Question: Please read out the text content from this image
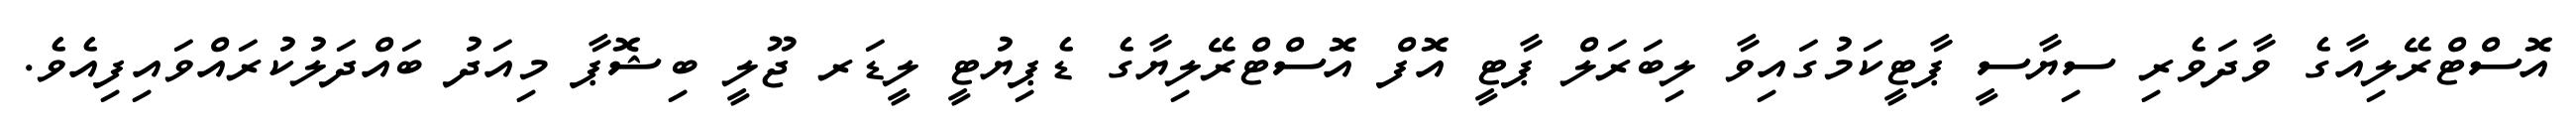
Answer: އޮސްޓްރޭލިއާގެ ވާދަވެރި ސިޔާސީ ޕާޓީކަމުގައިވާ ލިބަރަލް ޕާޓީ އޮފް އޮސްޓްރޭލިޔާގެ ޑެޕިޔުޓީ ލީޑަރ ޖޫލީ ބިޝޮޕާ މިއަދު ބައްދަލުކުރައްވައިފިއެވެ.